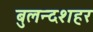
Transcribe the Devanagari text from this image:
बुलन्‍दशहर